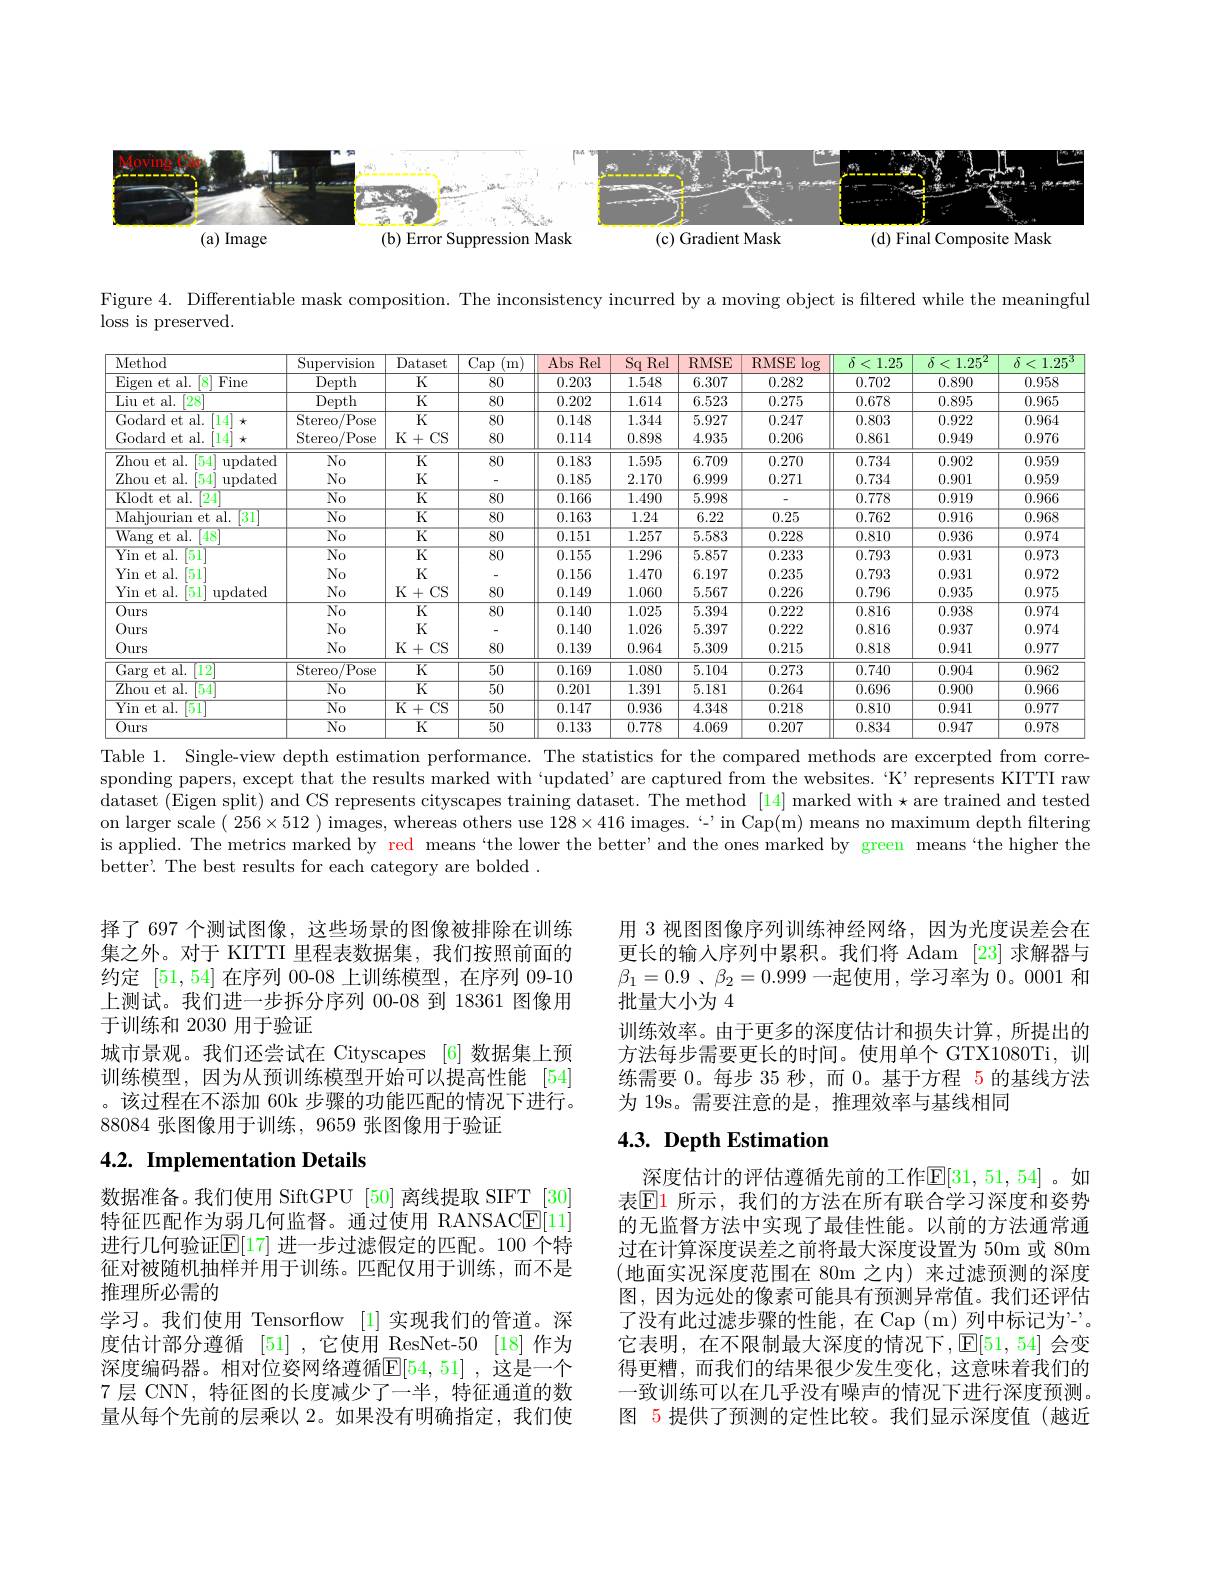
<FigureHere>

Figure 4. Differentiable mask composition. The inconsistency incurred by a moving object is filtered while the meaningful

$\operatorname*{loss}$ is preserved.

<table>
	<tbody>
		<tr>
			<th>Method</th>
			<th>Supervision</th>
			<th>Dataset</th>
			<th>$\overline{\mathrm{Cap}}$ m</th>
			<th>Abs Rel</th>
			<th>$Sq$ Rel</th>
			<th>RMSE</th>
			<th>RMSE $\log$</th>
			<th>$\delta$ 1.25 <</th>
			<th>$\delta$ $1.25^2$ <</th>
			<th>$\delta$ 1.25 </th>
		</tr>
		<tr>
			<td>Eigen et al. Fine</td>
			<td>Depth</td>
			<td>K</td>
			<td>80</td>
			<td>0.203</td>
			<td>1.548</td>
			<td>6.307</td>
			<td>0.282</td>
			<td>0.702</td>
			<td>0.890</td>
			<td>0.958</td>
		</tr>
		<tr>
			<td>$\overline{\text{Liu et al.}[28]}$</td>
			<td>Depth</td>
			<td>K</td>
			<td>80</td>
			<td>0.202</td>
			<td>1.614</td>
			<td>6.523</td>
			<td>0.275</td>
			<td>0.678</td>
			<td>0.895</td>
			<td>0.965</td>
		</tr>
		<tr>
			<td>Godard et al. 14</td>
			<td>Stereo/Pose</td>
			<td>K</td>
			<td>80</td>
			<td>0.148</td>
			<td>1.344</td>
			<td>5.927</td>
			<td>0.247</td>
			<td>0.803</td>
			<td>0.922</td>
			<td>0.964</td>
		</tr>
		<tr>
			<td>Godard et al. 14</td>
			<td>Stereo/Pose</td>
			<td>$K+($ $CS$</td>
			<td>80</td>
			<td>0.114</td>
			<td>0.898</td>
			<td>4.935</td>
			<td>0.206</td>
			<td>0.861</td>
			<td>0.949</td>
			<td>0.976</td>
		</tr>
		<tr>
			<td>Zhou et al. 154 $\operatorname{updated}$</td>
			<td>$No$</td>
			<td>K</td>
			<td>80</td>
			<td>0.183</td>
			<td>1.595</td>
			<td>6.709</td>
			<td>0.270</td>
			<td>0.734</td>
			<td>0.902</td>
			<td>0.959</td>
		</tr>
		<tr>
			<td>Zhou et al. 54 $\operatorname{updated}$</td>
			<td>$No$</td>
			<td>K</td>
			<td> </td>
			<td>0.185</td>
			<td>2.170</td>
			<td>6.999</td>
			<td>0.271</td>
			<td>0.734</td>
			<td>0.901</td>
			<td>0.959</td>
		</tr>
		<tr>
			<td>Klodt et al. $\lceil24\rceil$</td>
			<td>$\overline{\mathrm{No}}$</td>
			<td>$\overline{\mathrm{K}}$</td>
			<td>80</td>
			<td>0.166</td>
			<td>1.490</td>
			<td>5.998</td>
			<td> </td>
			<td>0.778</td>
			<td>0.919</td>
			<td>0.966</td>
		</tr>
		<tr>
			<td>Mahjourian et al. 31</td>
			<td>$\overline{\mathrm{No}}$</td>
			<td>$\overline{\mathrm{K}}$</td>
			<td>80</td>
			<td>0.163</td>
			<td>1.24</td>
			<td>6.22</td>
			<td>0.25</td>
			<td>0.762</td>
			<td>0.916</td>
			<td>0.968</td>
		</tr>
		<tr>
			<td>Wang et al. 48</td>
			<td>$\overline{\mathrm{No}}$</td>
			<td>$\overline{\mathrm{K}}$</td>
			<td>$\overline{80}$</td>
			<td>0.151</td>
			<td>1.257</td>
			<td>5.583</td>
			<td>0.228</td>
			<td>0.810</td>
			<td>0.936</td>
			<td>0.974</td>
		</tr>
		<tr>
			<td>Yin et al. 151</td>
			<td>$\overline{\mathrm{No}}$</td>
			<td>$\overline{\mathrm{K}}$</td>
			<td>80</td>
			<td>0.155</td>
			<td>1.296</td>
			<td>5.857</td>
			<td>0.233</td>
			<td>0.793</td>
			<td>0.931</td>
			<td>0.973</td>
		</tr>
		<tr>
			<td>Yin et al. 151</td>
			<td>$No$</td>
			<td>K</td>
			<td> </td>
			<td>0.156</td>
			<td>1.470</td>
			<td>6.197</td>
			<td>0.235</td>
			<td>0.793</td>
			<td>0.931</td>
			<td>0.972</td>
		</tr>
		<tr>
			<td>Yin et al. 51 $\operatorname{updated}$</td>
			<td>$No$</td>
			<td>K+CS</td>
			<td>80</td>
			<td>0.149</td>
			<td>1.060</td>
			<td>5.567</td>
			<td>0.226</td>
			<td>0.796</td>
			<td>0.935</td>
			<td>0.975</td>
		</tr>
		<tr>
			<td>Ours</td>
			<td>$No$</td>
			<td>K</td>
			<td>80</td>
			<td>0.140</td>
			<td>1.025</td>
			<td>5.394</td>
			<td>0.222</td>
			<td>0.816</td>
			<td>0.938</td>
			<td>0.974</td>
		</tr>
		<tr>
			<td>Ours</td>
			<td>$No$</td>
			<td>K</td>
			<td> </td>
			<td>0.140</td>
			<td>1.026</td>
			<td>5.397</td>
			<td>0.222</td>
			<td>0.816</td>
			<td>0.937</td>
			<td>0.974</td>
		</tr>
		<tr>
			<td>Ours</td>
			<td>$No$</td>
			<td>$K+($ $CS$</td>
			<td>80</td>
			<td>0.139</td>
			<td>0.964</td>
			<td>5.309</td>
			<td>0.215</td>
			<td>0.818</td>
			<td>0.941</td>
			<td>0.977</td>
		</tr>
		<tr>
			<td>Garg et al. $\left|12\right.$</td>
			<td>$\overline{\mathrm{Stereo/Pose}}$</td>
			<td>$\overline{K}$</td>
			<td>$\overline{50}$</td>
			<td>0.169</td>
			<td>1.080</td>
			<td>5.104</td>
			<td>0.273</td>
			<td>0.740</td>
			<td>0.904</td>
			<td>0.962</td>
		</tr>
		<tr>
			<td>Zhou et al. 154 </td>
			<td>$\overline{\mathrm{No}}$</td>
			<td>$\overline{\mathrm{K}}$</td>
			<td>$\overline{50}$</td>
			<td>0.201</td>
			<td>1.391</td>
			<td>5.181</td>
			<td>0.264</td>
			<td>0.696</td>
			<td>0.900</td>
			<td>0.966</td>
		</tr>
		<tr>
			<td>$\mathop{\mathrm{Yin~et~al.}}$ 151</td>
			<td>$\overline{\mathrm{No}}$</td>
			<td>$\overline{\mathrm{K}+\mathrm{CS}}$</td>
			<td>$\overline{50}$</td>
			<td>0.147</td>
			<td>0.936</td>
			<td>4.348</td>
			<td>0.218</td>
			<td>0.810</td>
			<td>0.941</td>
			<td>0.977</td>
		</tr>
		<tr>
			<td>Ours</td>
			<td>$\overline{\mathrm{No}}$</td>
			<td>$\overline{\mathrm{K}}$</td>
			<td>$\overline{50}$</td>
			<td>0.133</td>
			<td>0.778</td>
			<td>4.069</td>
			<td>0.207</td>
			<td>0.834</td>
			<td>0.947</td>
			<td>0.978</td>
		</tr>
	</tbody>
</table>

Table 1. Single-view depth estimation performance. The statistics for the compared methods are excerpted from corre sponding papers, except that the results marked with`updated' are captured from the websites.“K’ represents KITTI raw dataset (Eigen split) and CS represents cityscapes training dataset. The method [14] marked with $\star$are trained and tested on larger scale $(256\times512)$ images, whereas others use $128\times416$ images.‘-'in Cap(m) means no maximum depth filtering is applied. The metrics marked by red means‘the lower the better’and the ones marked by green means“the higher the better'. The best results for each category are bolded .

用 3 视图图像序列训练神经网络，因为光度误差会在更长的输入序列中累积。我们将 Adam [23] 求解器与$\beta _{1}= 0. 9$ $、 \beta _{2}= 0. 999$ 一起使用 ,学习率为 0。0001 和批量大小为 4
训练效率。由于更多的深度估计和损失计算，所提出的方法每步需要更长的时间。使用单个 GTX1080Ti,训练需要 0。每步 35 秒，而 0。基于方程 5 的基线方法为 19s。需要注意的是，推理效率与基线相同

择了 697 个测试图像，这些场景的图像被排除在训练集之外。对于 KITTI 里程表数据集，我们按照前面的约定[51,54]在序列 00-08 上训练模型，在序列 09-10上测试。我们进一步拆分序列 00-08 到 18361 图像用于训练和 2030 用于验证
城市景观。我们还尝试在 Cityscapes [6] 数据集上预训练模型，因为从预训练模型开始可以提高性能 [54] 。该过程在不添加 60k 步骤的功能匹配的情况下进行。88084张图像用于训练，9659 张图像用于验证

# 4.3. Depth Estimation

# 4.2. Implementation Details

深度估计的评估遵循先前的工作$\mathbb{E}[31,51,54]$。如表$\mathbb{E}$1 所示，我们的方法在所有联合学习深度和姿势的无监督方法中实现了最佳性能。以前的方法通常通过在计算深度误差之前将最大深度设置为 50m 或 80m (地面实况深度范围在 80m 之内)来过滤预测的深度图，因为远处的像素可能具有预测异常值。我们还评估了没有此过滤步骤的性能，在 Cap (m)列中标记为"- 它表明，在不限制最大深度的情况下，$\mathbb{E}[51,54]$会变得更糟，而我们的结果很少发生变化，这意味着我们的一致训练可以在几乎没有噪声的情况下进行深度预测。图 5 提供了预测的定性比较。我们显示深度值(越近

数据准备。我们使用 SiftGPU [50] 离线提取 SIFT [30] 特征匹配作为弱几何监督。通过使用 RANSACE[11] 进行几何验证$\mathbb{E}[17]$ 进一步过滤假定的匹配。100 个特征对被随机抽样并用于训练。匹配仅用于训练，而不是推理所必需的
学习。我们使用 Tensorflow [1]实现我们的管道。深度估计部分遵循 [51] ,它使用 ResNet-50 [18] 作为深度编码器。相对位姿网络薄循$|\mathsf{F}\|54.51|$,这是一个7 层 CNN, 特征图的长度减少了一半，特征通道的数量从每个先前的层乘以 2。如果没有明确指定，我们使